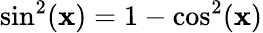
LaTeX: \sin^{2}(\mathbf{x})=1-\cos^{2}(\mathbf{x})